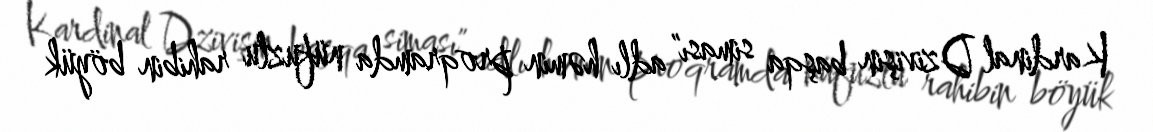
Kardinal Dzivişin başqa siması" adlı həmin proqramda nüfuzlu rahibin böyük